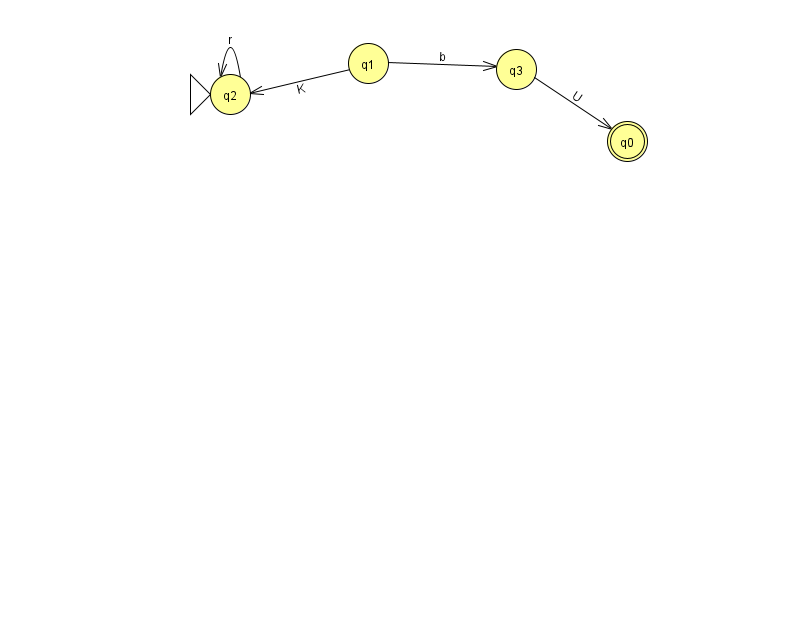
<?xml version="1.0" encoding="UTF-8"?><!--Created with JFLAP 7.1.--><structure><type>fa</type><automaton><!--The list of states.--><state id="0" name="q0"><x>627.0</x><y>128.0</y><final/></state><state id="1" name="q1"><x>368.0</x><y>50.0</y></state><state id="2" name="q2"><x>230.0</x><y>81.0</y><initial/></state><state id="3" name="q3"><x>516.0</x><y>56.0</y></state><!--The list of transitions.--><transition><from>1</from><to>3</to><read>b</read></transition><transition><from>2</from><to>2</to><read>r</read></transition><transition><from>1</from><to>2</to><read>K</read></transition><transition><from>3</from><to>0</to><read>U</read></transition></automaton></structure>